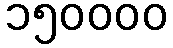
၁၅၀၀၀၀